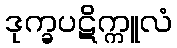
ဒုက္ခပဋိက္ကူလံ